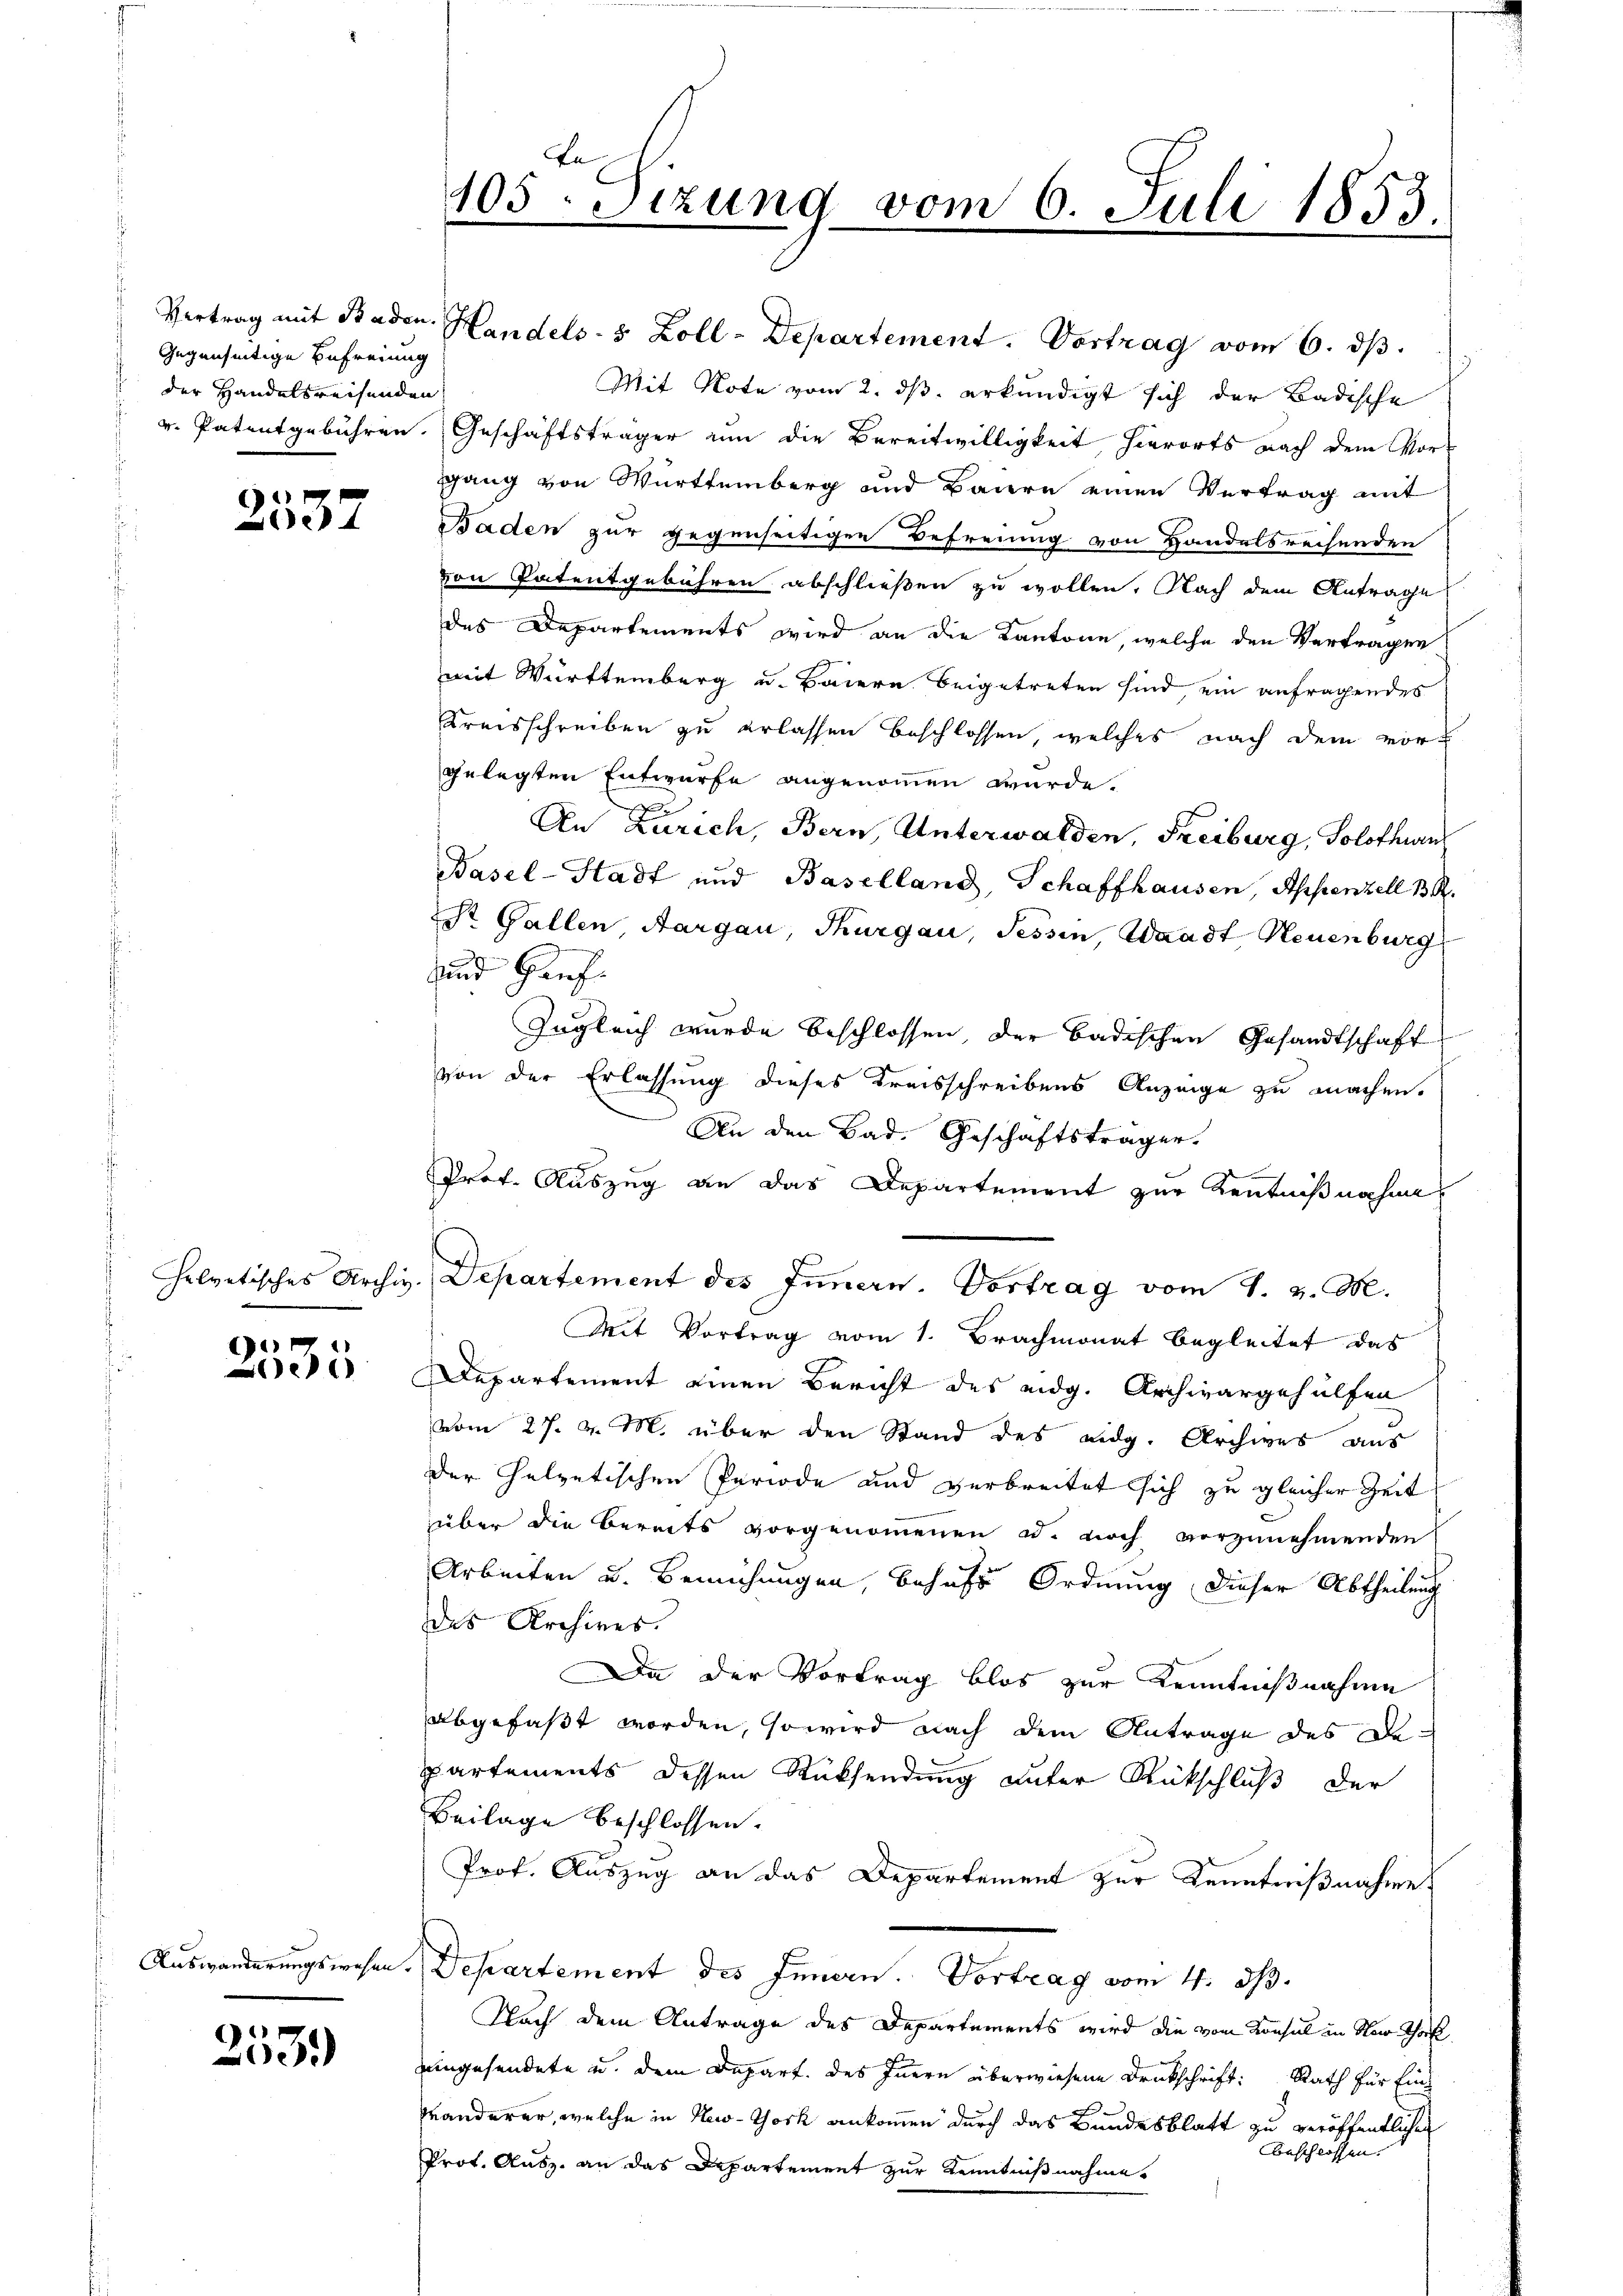
Gegenseitige Befreiung
der Handelsreisenden

2537

e
e

253.

Vertrag mit Baden Handels- & Zoll-Departement. Vortrag vom 6. dβ.
Mit Note vom 2. ds. erkundigt sich der Badische
v. Patentgebühren. Geschäftsträger nun die Bereitwilligkeit hierorts nach dem Vor-
gang von Württemberg und Bauern einen Vertrag mit
Baden zur gegenseitigen Befreiung von Handelsrechenden
von Patentgebühren abschließen zu wollen. Nach dem Antrage
des Departements wird an die Kantone, welche den Vertragen
mit Württemberg u. Baiern beigetreten sind, ein anfragendes
Kreisschreiben zu erlassen beschlossen, welches nach dem vorgelegten Entwurfe angenommen würde.
x
An Zürich, Bern, Unterwalden, Freiburg, Solothurn
Basel-Stadt und Baselland, Schaffhausen, Appenzell BR.
St. Gallen Aargau, Thurgau, Tessin, Waadt, Neuenburg
uund Genf
Zugleich wurde beschlossen, der badischen Gesandtschaft
von der Erlassung dieses Kreisschreibens Anzeige zu machen.
An den Bad. Geschäftsträger.
Prof. Auszug an das Departement zur Kenntnißnahme
helvetisches Archiv. Departement des Innern. Vortrag vom 4. v. M.
Mit Vortrag vom 1. Brachmonat begleitet das
Departement einen Bericht des eidg. Archivargehülfen
vom 27. v. M. über den Stand des eidg. Archives aus
der Helvetischen Periode und verbreitet sich zu gleicher Zeit
über die Bereits vorgenommenen d. noch vorzunehmenden
Arbeiten u. Bemühungen, behufe Ordnung dieser Abtheilung
das Archires.
Da der Vortrag blos zur Kenntnißnahme
abgefaßt worden, so wird nach dem Antrage des Departements dessen Rücksendung unter Rückschluß der
Beilage beschlossen.
Prof. Auszug an das Departement zur Kenntnißnahme
Auswanderungswesen. Departement des Innern. Vortrag vom 4. ds.
Nach dem Antrage des Departements wird die vom Konsul in Non Thorf
eeingesendete u. dem Depart. des Innern überwiesene Drukschrift: Rath für Ein¬
Granderer, welche in New-York ankommen durch das Bundesblatt zu veröffentlichen
Beschlossen.
Prot. Ausz. an das Departement zur Kenntnißnahme.

105. Sizung vom 6. Juli 1853.